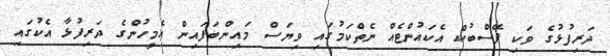
ދަރިފުޅުގެ ވަކި ފޭސްބުކް އެކައުންޓެއް ނެތްކަމުގައި ވިޔަސް މައިންބަފައިން އެމީހުންގެ ދަރިފުޅާ އެކުގައި